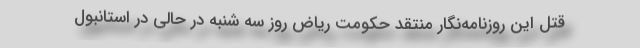
قتل این روزنامه‌نگار منتقد حکومت ریاض روز سه شنبه در حالی در استانبول